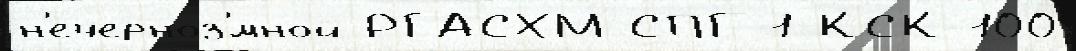
н'ечерноз'́мной РГАСХМ СПГ-1 КСК-100